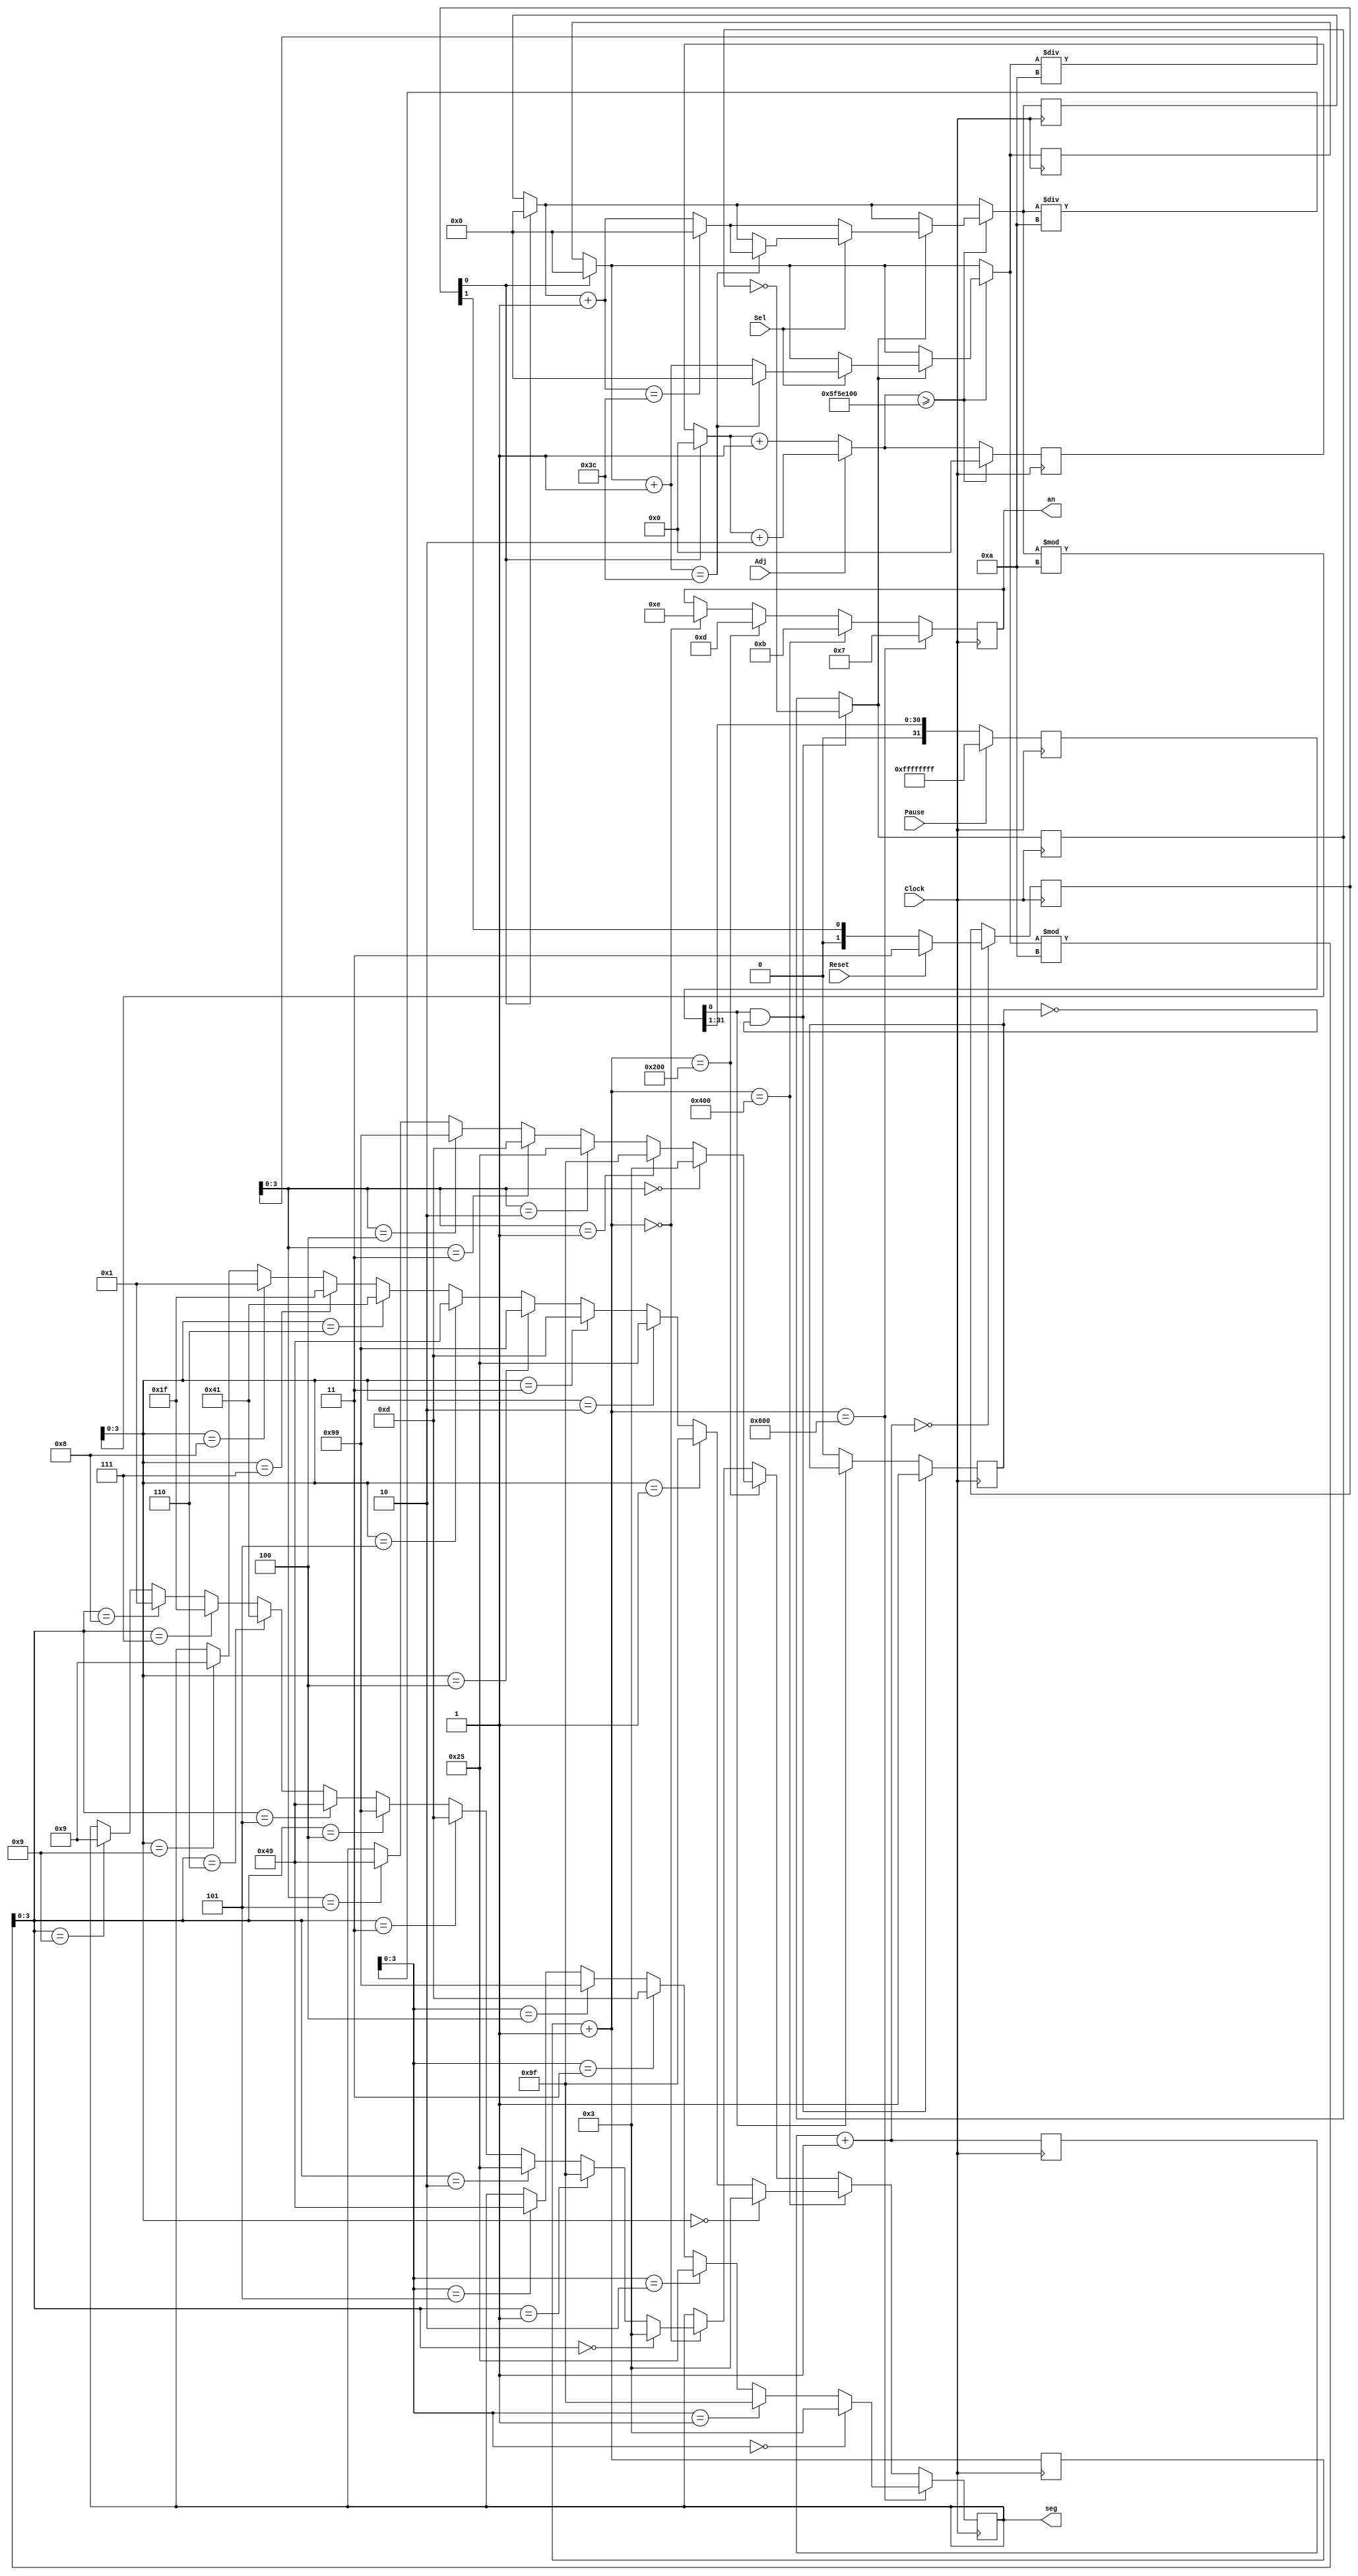
`timescale 1ns / 1ps
//////////////////////////////////////////////////////////////////////////////////
// Company: 
// Engineer: 
// 
// Design Name: 
// Module Name:    stopwatch 
// Project Name: 
// Target Devices: 
// Tool versions: 
// Description: 
//
// Dependencies: 
//
// Revision: 
// Revision 0.01 - File Created
// Additional Comments: 
//
//////////////////////////////////////////////////////////////////////////////////
module stopwatch(
    Clock, // input
	Sel,
    Adj,
    Reset,
    Pause,
    seg,
    an
    );
input Clock;
input Sel; //out put 5 bit 
input Adj; //check the fifbit;
input Reset;
input Pause;
output [7:0]seg;
output [3:0]an;
reg [5:0] minute;
reg [5:0] second; 
reg [31:0] counter; 
reg [10:0] times;
reg [3:0] counterforrst;
reg [1:0] counterforpause;
reg [7:0] Seg;
reg [3:0] Ans;
reg [3:0] num;
wire rst;
wire pause;
wire adj;
wire sel;
reg [1:0]arst_ff;
reg [31:0]pause_ff;
reg pause1;
reg flag;
assign myreset=arst_ff[0];
assign mypause=pause_ff[0];
assign pause=Pause;
assign rst=Reset;
assign adj=Adj;
assign sel=Sel;
initial begin 
    minute=6'b000000;
    second=6'b000000;
    counter=32'b0000_0000_0000_0000_0000_0000_0000_0000;
    times=11'b000_0000_0000;
    counterforrst=4'b0000;
    counterforpause=5'b00000;
    pause1=1;
    flag=0;
end

always @(posedge Clock)begin
    counterforrst=counterforrst+1;
    if(counterforrst==4'b0000)
    begin 
        if(rst)
            arst_ff<=2'b11;
        else
            arst_ff<={1'b0, arst_ff[1]};
    end
end
always @(posedge Clock)begin
        if(pause)
            pause_ff<=32'b1111_1111_1111_1111_1111_1111_1111_1111;
        else
            pause_ff<={1'b0, pause_ff[31:1]};
    end
    
always @ (posedge Clock) begin
  
    if(mypause&&!flag) begin
            flag=1;
            pause1=~pause1;
    end
    else if(!mypause) begin
        flag=0;
    end 
    if(myreset) //reset
    begin 
    minute=6'b000000;
    second=6'b000000;
    counter=0;
    end 
    if(adj==0)
    begin
    times=times+1;
    counter=counter+1;
    end
    else 
    begin 
    times=times+1;
    counter=counter+2;
    end
    if(counter>=100000000) //change to littleclock
    begin 
    counter=0;
        if(pause1) // no pause
         begin //2
            if(sel==0) //increase minutes
            begin  //3
                minute=minute+1;
                if(minute==60)
                minute=0;
            end //3
            else  //increase seconds
            begin //4
                second=second+1;
                if(second==60)
                begin 
                    minute=minute+1;
                    second=0;
                if(minute==60)
                    minute=0;
                end
            end//4
        end //2    
    end  
    if(times==11'b110_0000_0000)
    begin
        Ans=4'b0111;
        num=minute/10;
        if(num==0)
        Seg=8'b00000011;
        else if(num==1)
        Seg=8'b10011111;
        else if (num==2)
        Seg=8'b00100101;
        else if (num==3)
        Seg=8'b00001101;
        else if (num==4)
        Seg=8'b10011001;
        else if (num==5)
        Seg=8'b01001001;
		  $display("For min2 Seg is %b num is %d, Ans is %b",Seg,num,Ans);
    end 
    else if (times==11'b100_0000_0000)
    begin
        Ans=4'b1011;
        num=minute%10;
        if(num==0)
        Seg=8'b00000011;
        else if(num==1)
        Seg=8'b10011111;
        else if (num==2)
        Seg=8'b00100101;
        else if (num==3)
        Seg=8'b00001101;
        else if (num==4)
        Seg=8'b10011001;
        else if (num==5)
        Seg=8'b01001001;
        else if(num==6)
        Seg=8'b01000001;
        else if(num==7)
        Seg=8'b00011111;
        else if(num==8)
        Seg=8'b00000001;
        else if(num==9)
        Seg=8'b00001001;
		  $display("For min1 Seg is %b num is %d, Ans is %b",Seg,num,Ans);
    end 
    else if (times==11'b010_0000_0000)
    begin 
        Ans=4'b1101;
        num=second/10;
        if(num==0)
        Seg=8'b00000011;
        else if(num==1)
        Seg=8'b10011111;
        else if (num==2)
        Seg=8'b00100101;
        else if (num==3)
        Seg=8'b00001101;
        else if (num==4)
        Seg=8'b10011001;
        else if (num==5)
        Seg=8'b01001001;
		  $display("For Sec2 Seg is %b num is %d, Ans is %b",Seg,num,Ans);
    end 
    else if (times==11'b000_0000_0000)
    begin
        Ans=4'b1110;
        num=second%10;
        if(num==0)
        Seg=8'b00000011;
        else if(num==1)
        Seg=8'b10011111;
        else if (num==2)
        Seg=8'b00100101;
        else if (num==3)
        Seg=8'b00001101;
        else if (num==4)
        Seg=8'b10011001;
        else if (num==5)
        Seg=8'b01001001;
        else if(num==6)
        Seg=8'b01000001;
        else if(num==7)
        Seg=8'b00011111;
        else if(num==8)
        Seg=8'b00000001;
        else if(num==9)
        Seg=8'b00001001;
		  $display("For Sec1 Seg is %b num is %d, Ans is %b",Seg,num,Ans);
    end    
end 

 assign an[3:0]=Ans[3:0];
 assign seg[7:0]=Seg[7:0];
 endmodule